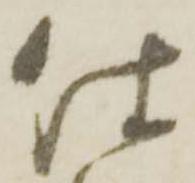
仕